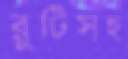
রুটিসহ